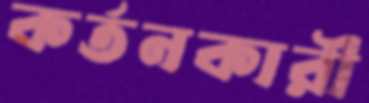
কর্তনকারী